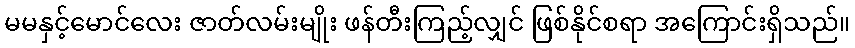
မမနှင့်မောင်လေး ဇာတ်လမ်းမျိုး ဖန်တီးကြည့်လျှင် ဖြစ်နိုင်စရာ အကြောင်းရှိသည်။